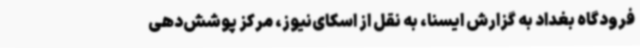
فرودگاه بغداد به گزارش ایسنا، به نقل از اسکای‌نیوز، مرکز پوشش‌دهی